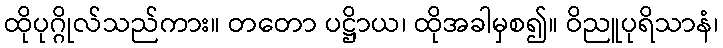
ထိုပုဂ္ဂိုလ်သည်ကား။ တတော ပဋ္ဌိာယ၊ ထိုအခါမှစ၍။ ဝိညူပုရိသာနံ၊